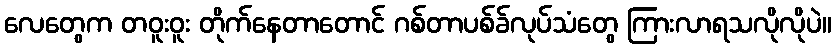
လေတွေက တဝူးဝူး တိုက်နေတာတောင် ဂစ်တာပစ်ခ်လုပ်သံတွေ ကြားလာရသလိုလိုပဲ။